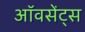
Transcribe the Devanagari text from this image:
ऑवसेंट्स